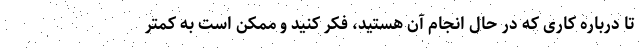
تا درباره کاری که در حال انجام آن هستید، فکر کنید و ممکن است به کمتر